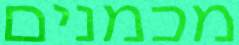
מכמנים